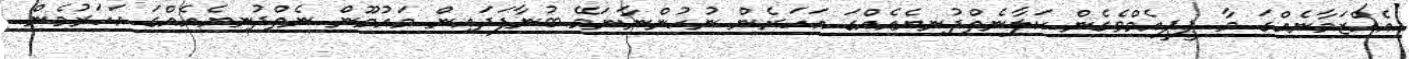
އެއްޒަމާނެއްގަ މާ ޕީޕީއެމްވެގެން ކަލާނެތްދުނިޔެއެއްގަ އަހަރެން ނުހުންނާނަމޭ ބުނާފަދައިން މައުމޫން ނެތްދުނިޔެއެއްގަ އަހަރުމެން